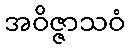
အဝိဇ္ဇာသဝံ